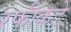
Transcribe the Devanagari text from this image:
रफीकडे